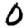
Digit: 0